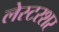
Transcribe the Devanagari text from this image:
लेस्टरशर